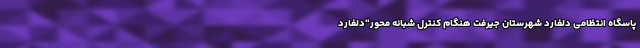
پاسگاه انتظامی دلفارد شهرستان جیرفت هنگام کنترل شبانه محور"دلفارد